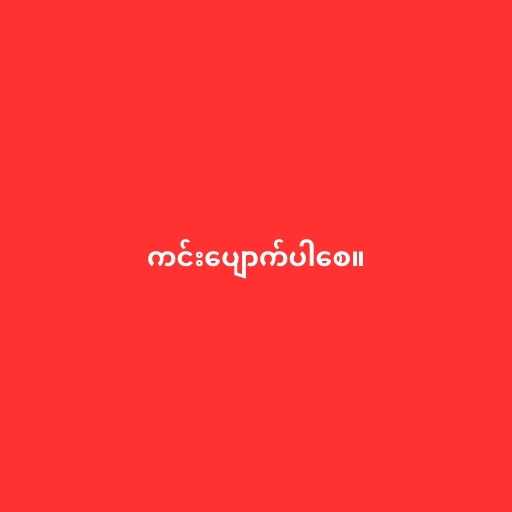
ကင်းပျောက်ပါစေ။